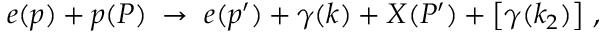
e ( p ) + p ( P ) \; \to \; e ( p ^ { \prime } ) + \gamma ( k ) + X ( P ^ { \prime } ) + \left[ \gamma ( k _ { 2 } ) \right] \, ,